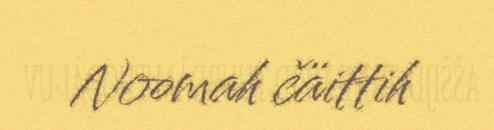
Noomah čäittih